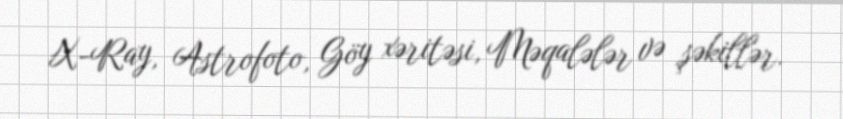
X-Ray, Astrofoto, Göy xəritəsi, Məqalələr və şəkillər.